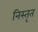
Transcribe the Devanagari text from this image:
निस्तृत